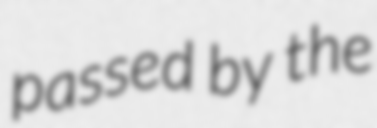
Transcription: passed by the